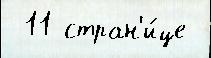
 11 стран'и́це